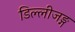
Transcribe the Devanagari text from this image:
डिल्लीजङ्ग